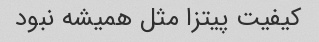
کیفیت پیتزا مثل همیشه نبود